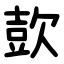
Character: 㰻